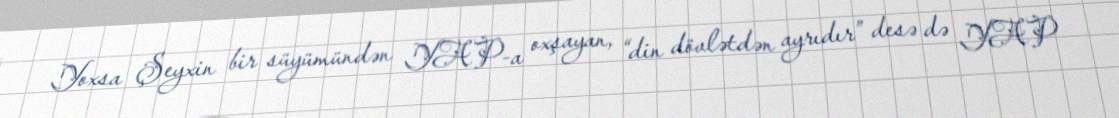
Yoxsa Şeyxin bir süyümündən YAP-a oxşayan, “din dövlətdən ayrıdır” desə də YAP